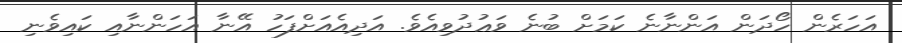
އަހަރެން ހޯދަން އަންނާނެ ކަމަށް ބުނެ ވަޢުދުވިއެވެ. އަދިއެއަށްފަހު އޭނާ އަހަންނާއި ކައިވެނި